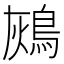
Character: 𪀬